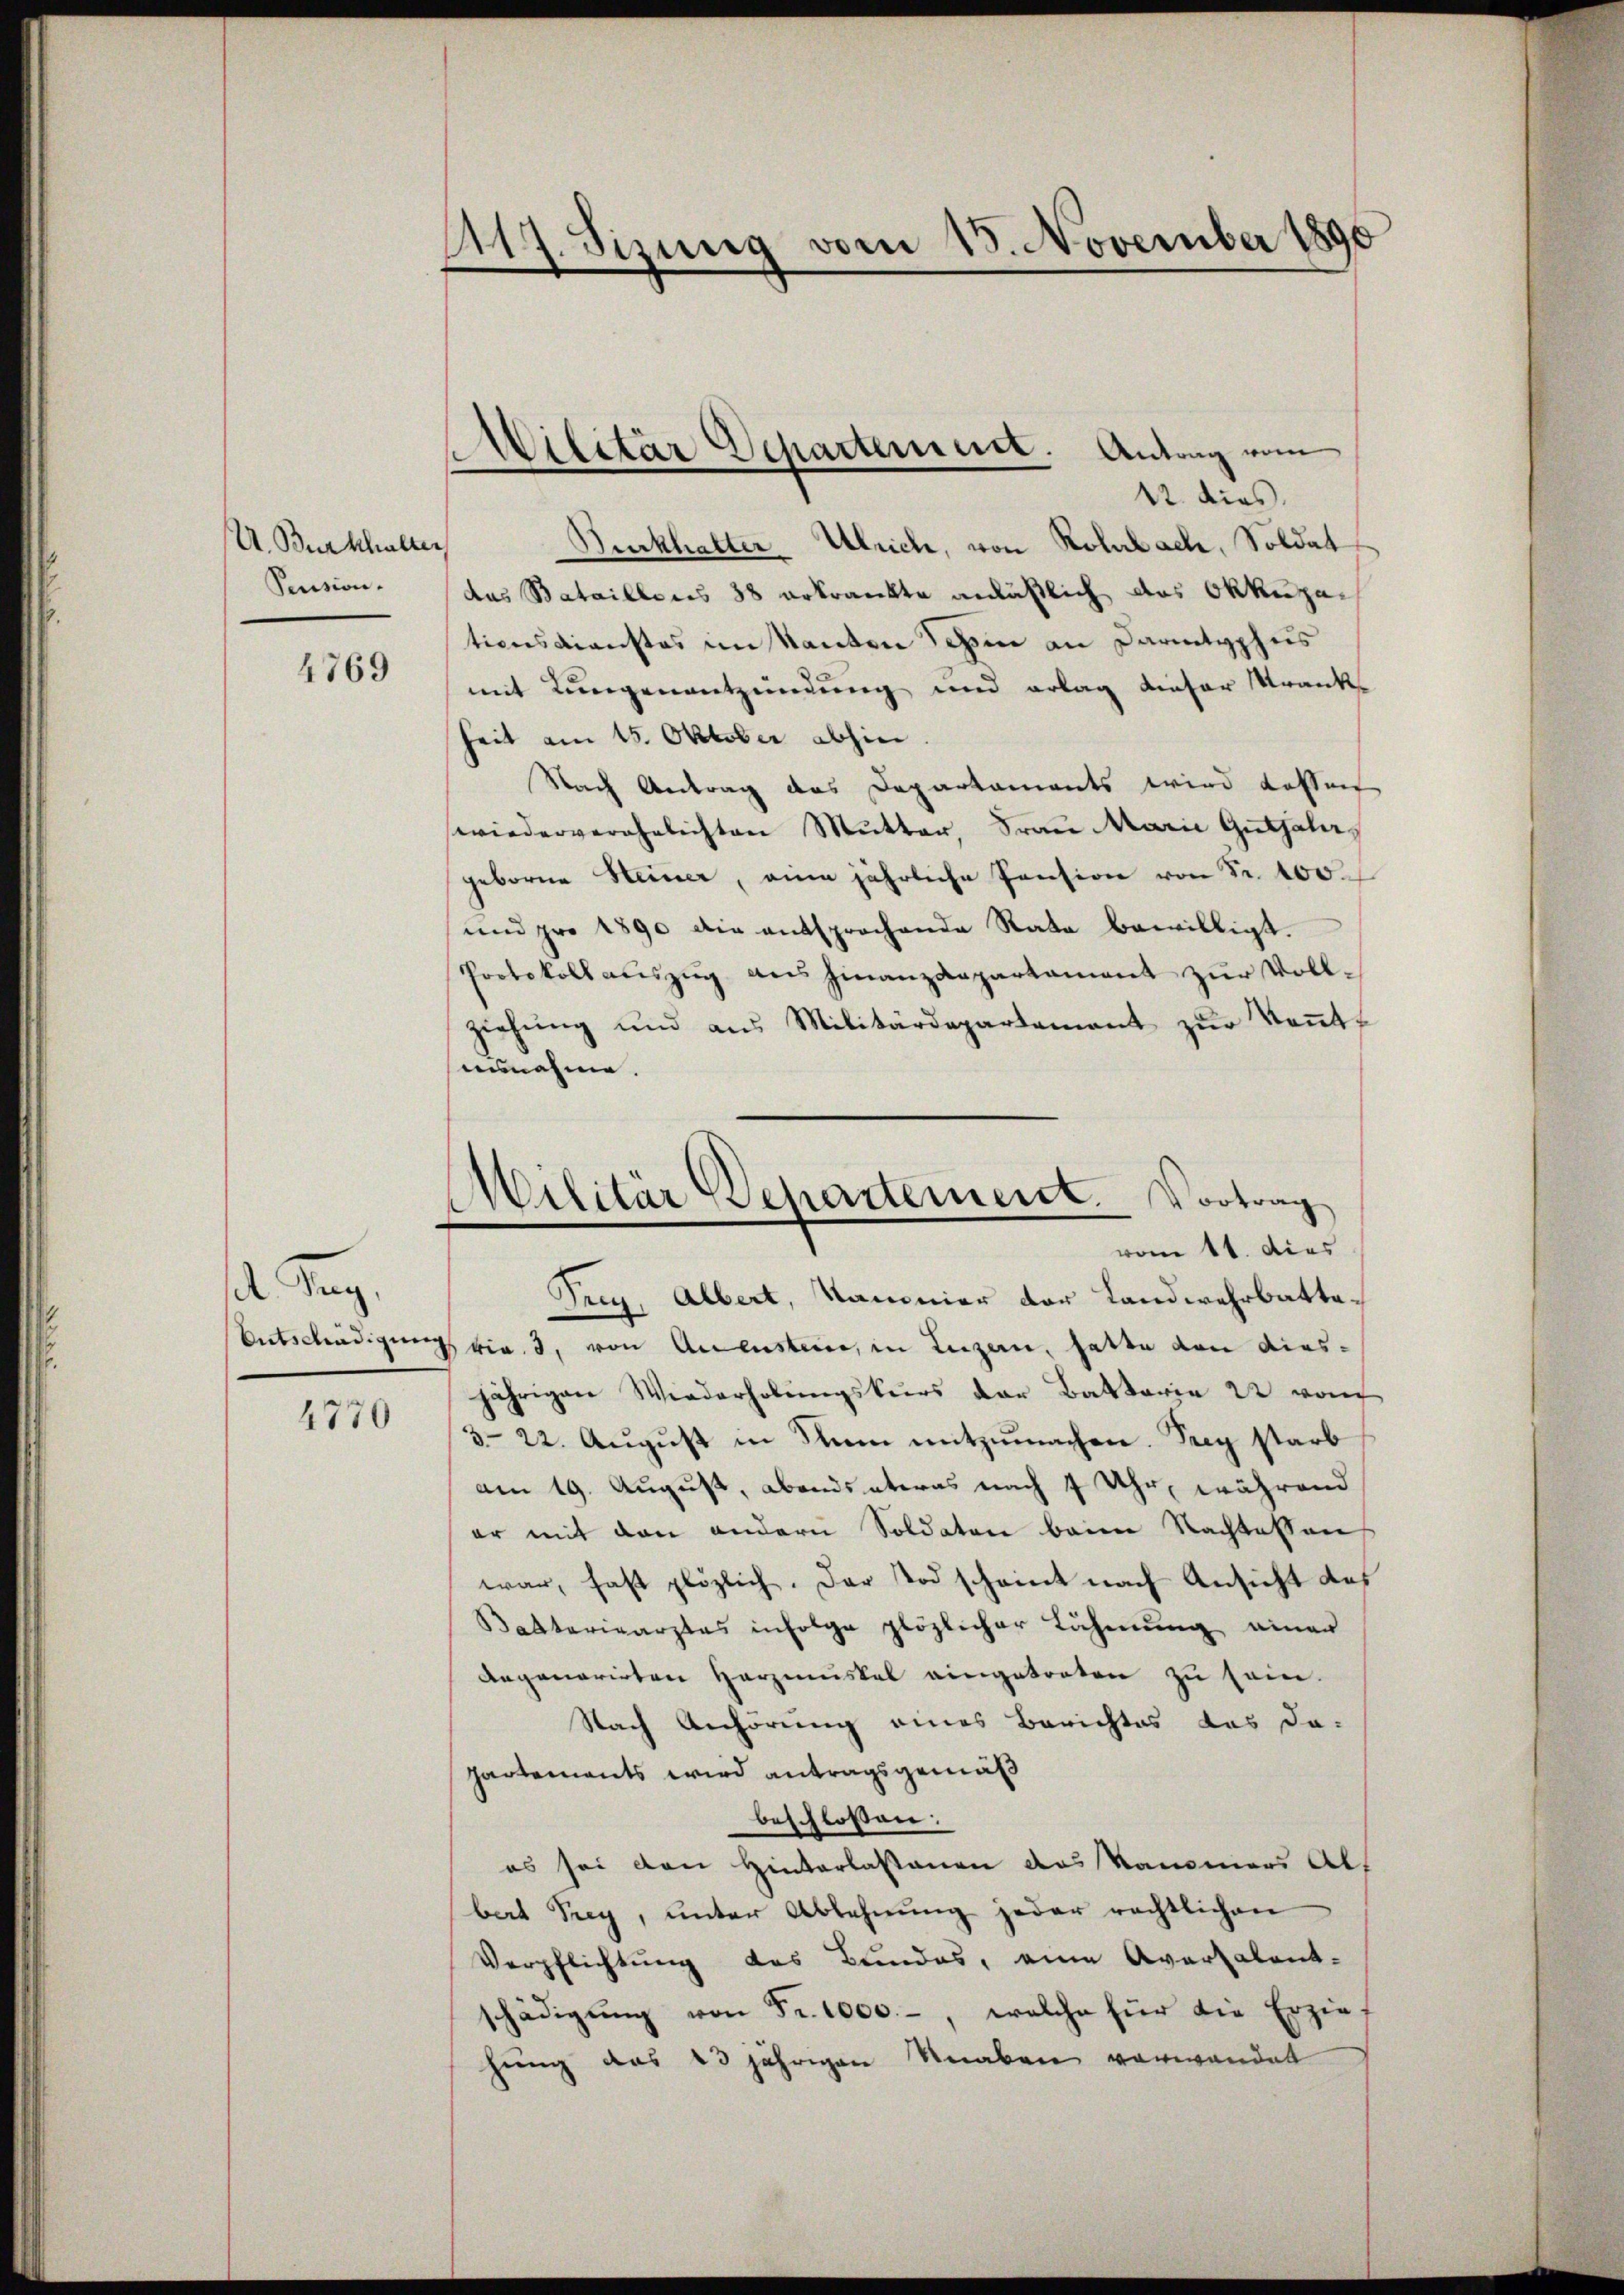
U. Burkhalter
Pension.

4769

d. Tag.
Entschädigung
4770

117. Sizung vom 18. November 1890

Militär Departement. Antrag vom

12. dies.
Burkhalter Ulrich, von Rolabach, Soldat
das Bataillens 38 erkrankte anläßlich das Okkuzai
tionsdienstes in kanton dem an Darmtyphus
mit Lungenentzündung und erlag dieser Krank
heit am 15. Oktober abhin
Nach Antrag das Departaments wird dassen
wiederverehelichten Mutter, Frau Marie Guthalageborne Heiner, eine jährliche Pension von Fr. 400.
und pro 1890 die entsprochende Rata bewilligt.
Protokoll aŭszŭg ans Finanzdepartament zŭr Vollziehŭng und aus Militärdepartement zŭr Keṅt-
annahme.
Trey, Albert, Kammer der Landwehrbattevia. 3, von Aneusteine, in Luzern, fatta den diesjährigen Wiederholŭngskurs der Battarie 22 von
3-22. August in Rum mitzumachen. Frey starb
am 19. August, abends etwas nach 7 Uhr, während
er mit den andern Soldaten beim Nachtessen
war, fast plözlich. Der Tod scheint nach Ansicht des
Batteriearztes infolge plözlicher Lähmung einer
Angonorirten Harziskal eingetreten zu sein.
Nach Anhörung eines Berichtes das da-
partements wird antragsgemäß
beschlossen:
es sei den Hinterlassenen das Kammers Alt
bert Prey, ŭnter Ablehnŭng jeder rechtlichen
Verpflichtung des Bundes, eine Aversalent-
schädigŭng von Fr. 1000.-, welche für die Erzieh
hung das 13 jährigen Knaben verwandet

¬
Militar Departement. Vortrag
vom 11. dies